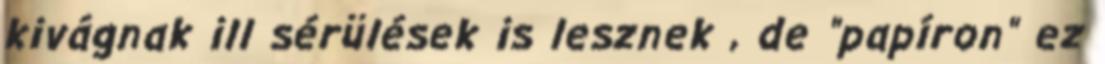
kivágnak ill sérülések is lesznek , de "papíron" ez